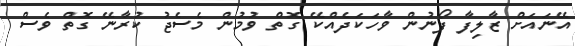
އޭނައަށް ޒާލިފާ ފޯނުން ވާހަކަދެއްކޭ ގޮތް ވުމުން މެސެޖު ކުރާނޭ ގޮތް ވެސް